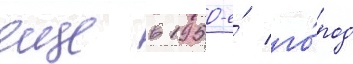
еще в 1950-е́ го́род